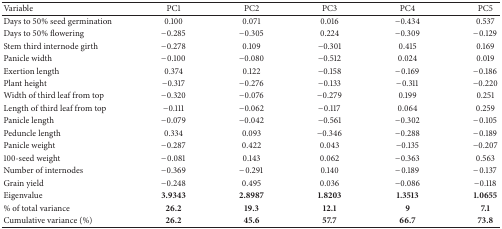
<table><thead><tr><td><b>Variable</b></td><td><b>PC1</b></td><td><b>PC2</b></td><td><b>PC3</b></td><td><b>PC4</b></td><td><b>PC5</b></td></tr></thead><tbody><tr><td>Days to 50% seed germination</td><td>0.100</td><td>0.071</td><td>0.016</td><td>−0.434</td><td>0.537</td></tr><tr><td>Days to 50% flowering</td><td>−0.285</td><td>−0.305</td><td>0.224</td><td>−0.309</td><td>−0.129</td></tr><tr><td>Stem third internode girth</td><td>−0.278</td><td>0.109</td><td>−0.301</td><td>0.415</td><td>0.169</td></tr><tr><td>Panicle width</td><td>−0.100</td><td>−0.080</td><td>−0.512</td><td>0.024</td><td>0.019</td></tr><tr><td>Exertion length</td><td>0.374</td><td>0.122</td><td>−0.158</td><td>−0.169</td><td>−0.186</td></tr><tr><td>Plant height</td><td>−0.317</td><td>−0.276</td><td>−0.133</td><td>−0.311</td><td>−0.220</td></tr><tr><td>Width of third leaf from top</td><td>−0.320</td><td>−0.076</td><td>−0.279</td><td>0.199</td><td>0.251</td></tr><tr><td>Length of third leaf from top</td><td>−0.111</td><td>−0.062</td><td>−0.117</td><td>0.064</td><td>0.259</td></tr><tr><td>Panicle length</td><td>−0.079</td><td>−0.042</td><td>−0.561</td><td>−0.302</td><td>−0.105</td></tr><tr><td>Peduncle length</td><td>0.334</td><td>0.093</td><td>−0.346</td><td>−0.288</td><td>−0.189</td></tr><tr><td>Panicle weight</td><td>−0.287</td><td>0.422</td><td>0.043</td><td>−0.135</td><td>−0.207</td></tr><tr><td>100-seed weight</td><td>−0.081</td><td>0.143</td><td>0.062</td><td>−0.363</td><td>0.563</td></tr><tr><td>Number of internodes</td><td>−0.369</td><td>−0.291</td><td>0.140</td><td>−0.189</td><td>−0.137</td></tr><tr><td>Grain yield</td><td>−0.248</td><td>0.495</td><td>0.036</td><td>−0.086</td><td>−0.118</td></tr><tr><td>Eigenvalue</td><td><b>3.9343</b></td><td><b>2.8987</b></td><td><b>1.8203</b></td><td><b>1.3513</b></td><td><b>1.0655</b></td></tr><tr><td>% of total variance </td><td><b>26.2</b></td><td><b>19.3</b></td><td><b>12.1</b></td><td><b>9</b></td><td><b>7.1</b></td></tr><tr><td>Cumulative variance (%)</td><td><b>26.2</b></td><td><b>45.6</b></td><td><b>57.7</b></td><td><b>66.7</b></td><td><b>73.8</b></td></tr></tbody></table>